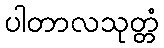
ပါတာလသုတ္တံ